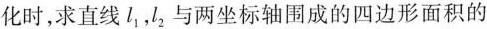
化时，求直线l _ { 1}，l _ { 2}与两坐标轴围成的四边形面积的